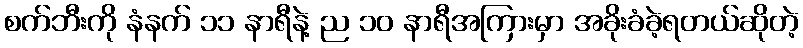
စက်ဘီးကို နံနက် ၁၁ နာရီနဲ့ ည ၁၀ နာရီအကြားမှာ အခိုးခံခဲ့ရတယ်ဆိုတဲ့